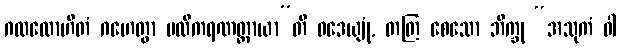
ဂလလောဟိတံ ဂဟေတွာ ဗလိကရဏတ္ထာယာ”တိ ဝဒေယျုံ, တတြ စေသော ဘိက္ခု “အသုကံ ဝါ